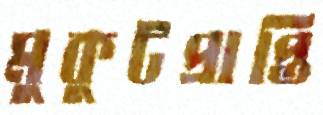
মুকুটপ্রাপ্তি